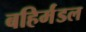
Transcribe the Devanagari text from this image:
बहिर्मंडल